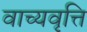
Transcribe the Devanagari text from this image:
वाच्यवृत्ति